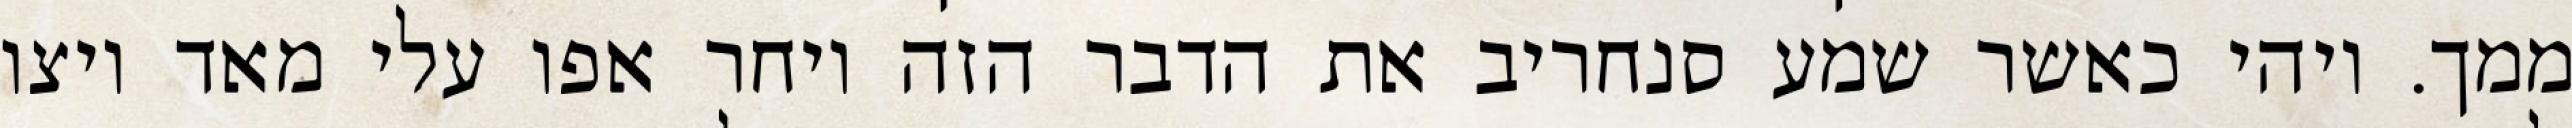
ממך. ויהי כאשר שמע סנחריב את הדבר הזה ויחר אפו עלי מאד ויצו